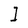
Character: I